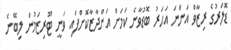
ޑޮލަރުގެ ރިޒާވް އަންނަ އަހަރު ބޮޑުވާނެ ކަމަށް އަންދާޒާކޮށްފައި ވަނީ ޓޫރިޒަމުން ލިބޭނެ